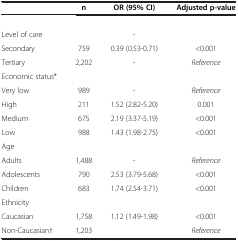
|  | n | OR (95% CI) | Adjusted p-value |
 | --- | --- | --- | --- |
 |  |  |  |  |
 | Level of care |  | - |  |
 | Secondary | 759 | 0.39 (0.53-0.71) | <0.001 |
 | Tertiary | 2,202 | - | Reference |
 | Economic status* |  |  |  |
 | Very low | 989 | - | Reference |
 | High | 211 | 1.52 (2.82-5.20) | 0.001 |
 | Medium | 675 | 2.19 (3.37-5.19) | <0.001 |
 | Low | 988 | 1.43 (1.98-2.75) | <0.001 |
 | Age | <ROWSPAN=2> 1,488 | <ROWSPAN=2> - | <ROWSPAN=2> Reference |
 | Adults |
 | Adolescents | 790 | 2.53 (3.79-5.68) | <0.001 |
 | Children | 683 | 1.74 (2.54-3.71) | <0.001 |
 | Ethnicity | <ROWSPAN=2> 1,758 | <ROWSPAN=2> 1.12 (1.49-1.98) | <ROWSPAN=2> <0.001 |
 | Caucasian |
 | Non-Caucasian† | 1,203 |  | Reference |